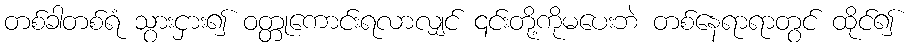
တစ်ခါတစ်ရံ သွားငှား၍ ဝတ္တုကောင်းရလာလျှင် ၎င်းတို့ကိုမပေးဘဲ တစ်နေရာရာတွင် ထိုင်၍